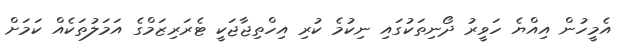
އެމީހުން އިއްޔެ ހަވީރު ދޯނިތަކުގައި ނިކުމެ ކުރި އިހްތިޖާޖަކީ ޓެރަރިޒަމްގެ އަމަލުތަކެއް ކަމަށް